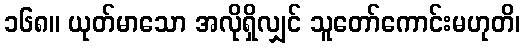
၁၆၈။ ယုတ်မာသော အလိုရှိလျှင် သူတော်ကောင်းမဟုတိ၊